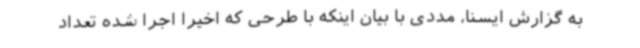
به گزارش ایسنا، مددی با بیان اینکه با طرحی که اخیراً اجرا شده تعداد